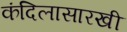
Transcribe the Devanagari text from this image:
कंदिलासारखी